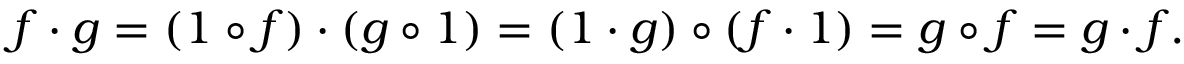
f \cdot g = ( 1 \circ f ) \cdot ( g \circ 1 ) = ( 1 \cdot g ) \circ ( f \cdot 1 ) = g \circ f = g \cdot f .